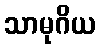
သာမုဂိယ